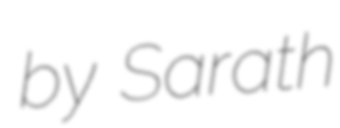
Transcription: by Sarath